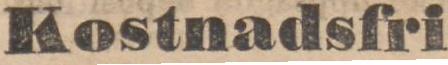
Kostnadsfri